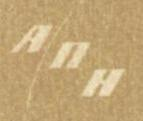
AnH